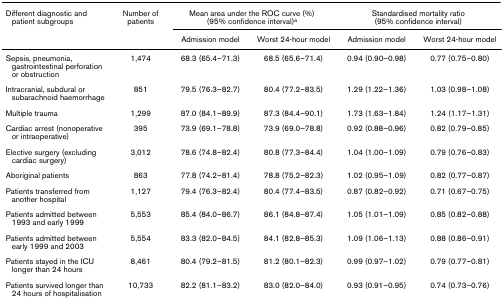
<table><thead><tr><td><b>Different diagnostic and patient subgroups</b></td><td><b>Number of patients</b></td><td colspan="2"><b>Mean area under the ROC curve (%)(95% confidence interval)<sup>a</sup></b></td><td colspan="2"><b>Standardised mortality ratio(95% confidence interval)</b></td></tr><tr><td></td><td></td><td><b>Admission model</b></td><td><b>Worst 24-hour model</b></td><td><b>Admission model</b></td><td><b>Worst 24-hour model</b></td></tr></thead><tbody><tr><td>Sepsis, pneumonia, gastrointestinal perforation or obstruction</td><td>1,474</td><td>68.3 (65.4–71.3)</td><td>68.5 (65.6–71.4)</td><td>0.94 (0.90–0.98)</td><td>0.77 (0.75–0.80)</td></tr><tr><td>Intracranial, subdural or subarachnoid haemorrhage</td><td>851</td><td>79.5 (76.3–82.7)</td><td>80.4 (77.2–83.5)</td><td>1.29 (1.22–1.36)</td><td>1.03 (0.98–1.08)</td></tr><tr><td>Multiple trauma</td><td>1,299</td><td>87.0 (84.1–89.9)</td><td>87.3 (84.4–90.1)</td><td>1.73 (1.63–1.84)</td><td>1.24 (1.17–1.31)</td></tr><tr><td>Cardiac arrest (nonoperative or intraoperative)</td><td>395</td><td>73.9 (69.1–78.8)</td><td>73.9 (69.0–78.8)</td><td>0.92 (0.88–0.96)</td><td>0.82 (0.79–0.85)</td></tr><tr><td>Elective surgery (excluding cardiac surgery)</td><td>3,012</td><td>78.6 (74.8–82.4)</td><td>80.8 (77.3–84.4)</td><td>1.04 (1.00–1.09)</td><td>0.79 (0.76–0.83)</td></tr><tr><td>Aboriginal patients</td><td>863</td><td>77.8 (74.2–81.4)</td><td>78.8 (75.2–82.3)</td><td>1.02 (0.95–1.09)</td><td>0.82 (0.77–0.87)</td></tr><tr><td>Patients transferred from another hospital</td><td>1,127</td><td>79.4 (76.3–82.4)</td><td>80.4 (77.4–83.5)</td><td>0.87 (0.82–0.92)</td><td>0.71 (0.67–0.75)</td></tr><tr><td>Patients admitted between 1993 and early 1999</td><td>5,553</td><td>85.4 (84.0–86.7)</td><td>86.1 (84.8–87.4)</td><td>1.05 (1.01–1.09)</td><td>0.85 (0.82–0.88)</td></tr><tr><td>Patients admitted between early 1999 and 2003</td><td>5,554</td><td>83.3 (82.0–84.5)</td><td>84.1 (82.8–85.3)</td><td>1.09 (1.06–1.13)</td><td>0.88 (0.86–0.91)</td></tr><tr><td>Patients stayed in the ICU longer than 24 hours</td><td>8,461</td><td>80.4 (79.2–81.5)</td><td>81.2 (80.1–82.3)</td><td>0.99 (0.97–1.02)</td><td>0.79 (0.77–0.81)</td></tr><tr><td>Patients survived longer than 24 hours of hospitalisation</td><td>10,733</td><td>82.2 (81.1–83.2)</td><td>83.0 (82.0–84.0)</td><td>0.93 (0.91–0.95)</td><td>0.74 (0.73–0.76)</td></tr></tbody></table>